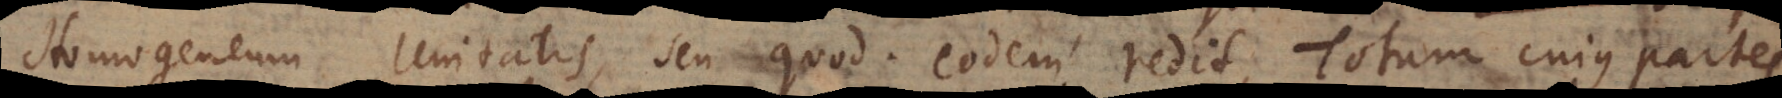
Homogeneum Unitatis, seu quod eodem redit, Totum cujus partes